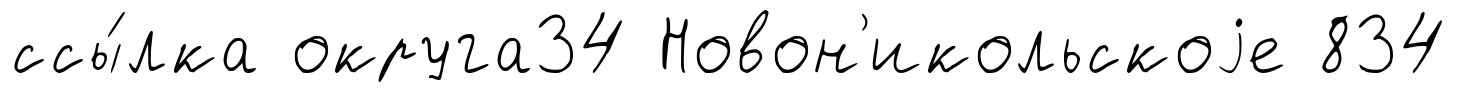
ссы́лка округа34 Новон'икольскоjе 834